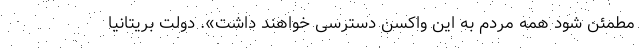
مطمئن شود همه مردم به این واکسن‌ دسترسی خواهند داشت». دولت بریتانیا